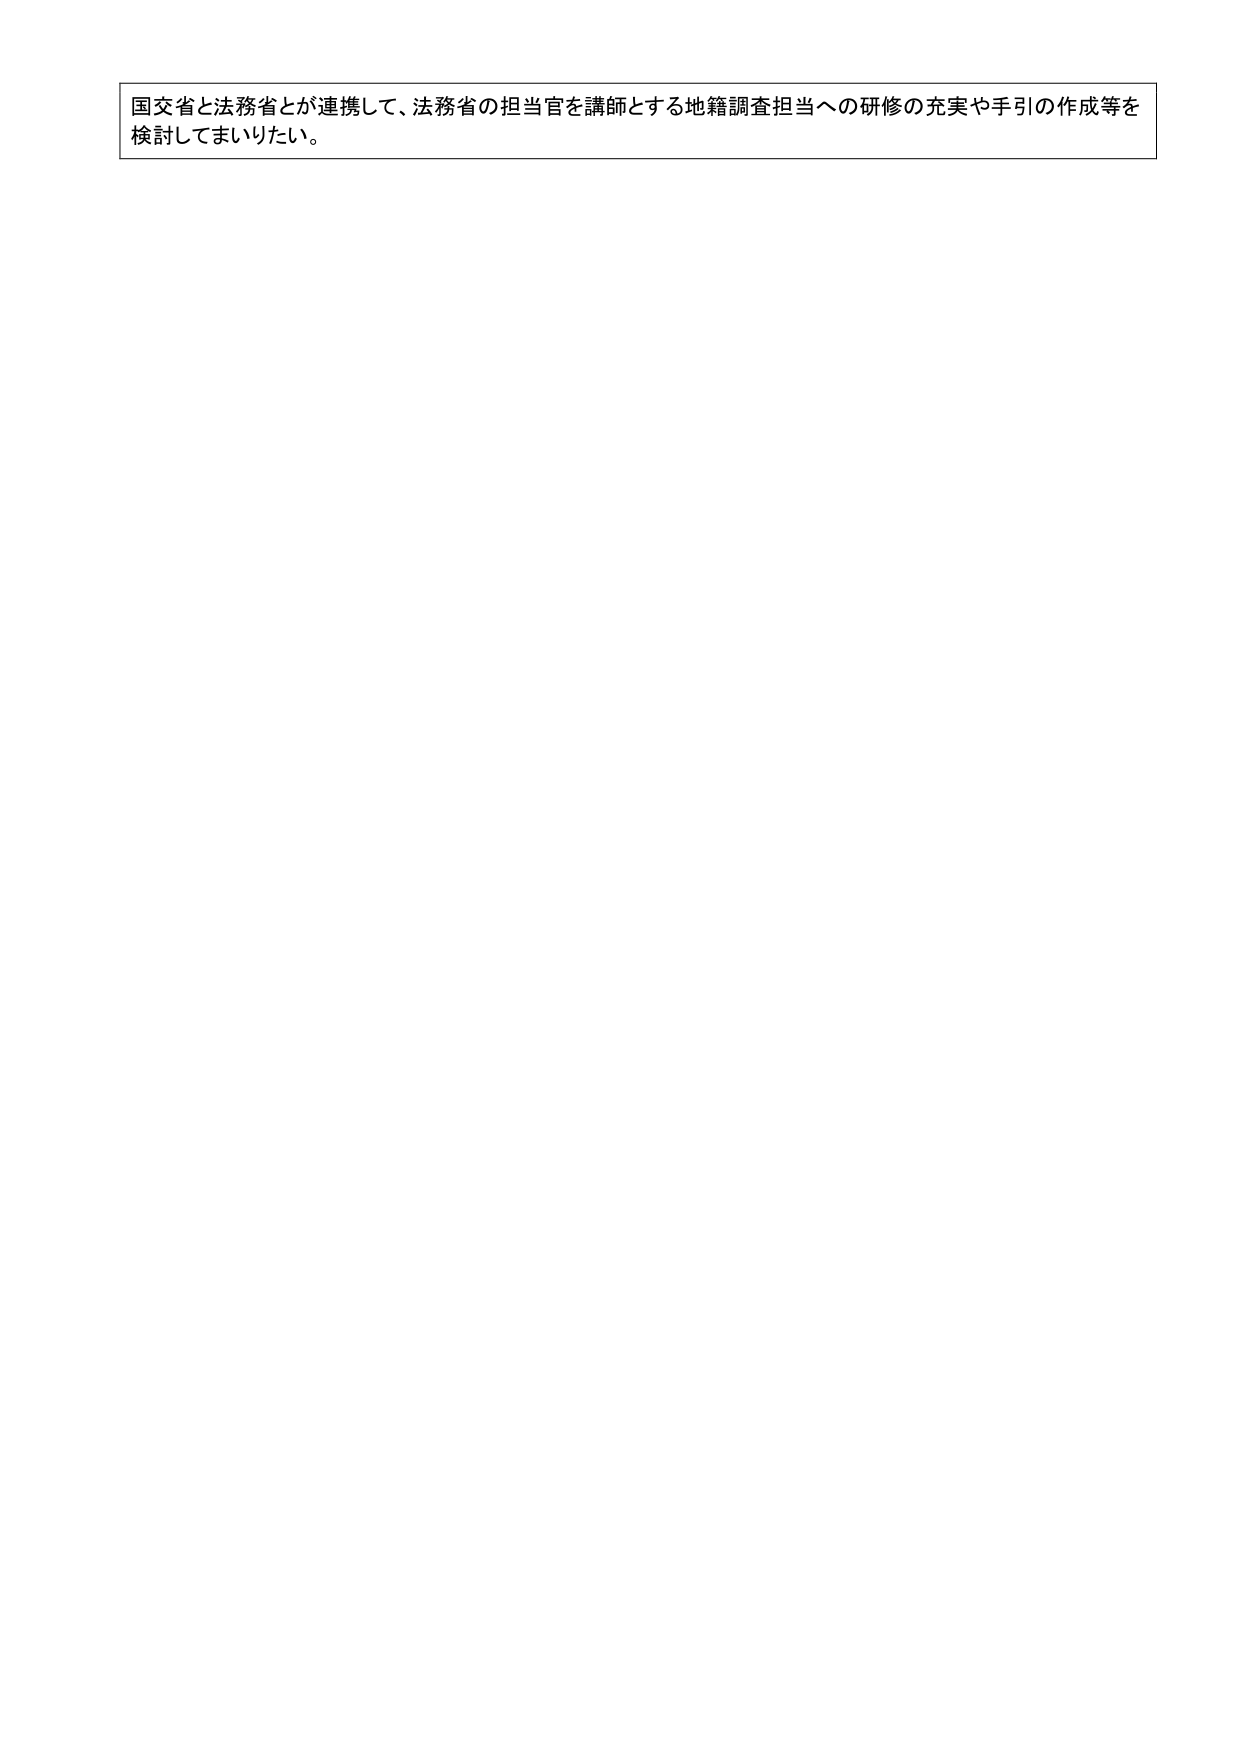
国交省と法務省とが連携して、法務省の担当官を講師とする地籍調査担当への研修の充実や手引の作成等を
検討してまいりたい。